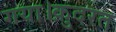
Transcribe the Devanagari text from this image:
गया।क़ुदरत